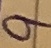
Text: 9